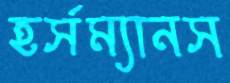
হর্সম্যানস